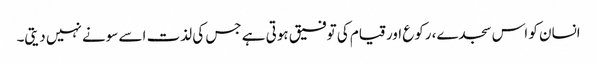
انسان کو اس سجدے، رکوع اور قیام کی توفیق ہوتی ہے جس کی لذت اسے سونے نہیں دیتی۔